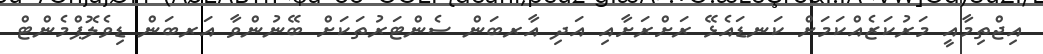
އިޖްތިމާއީ މަރުކަޒެއްކަމަށް ކަނޑައެޅޭ ރަށްރަށާއި އަދި އާރބަން ސެންޓަރުތަކަށް ބޭނުންވާ އަރބަން ޑިވެލޮޕްމެންޓް